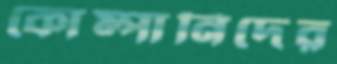
কোম্পানিদের